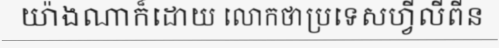
យ៉ាងណាក៏ដោយ លោកថាប្រទេសហ្វីលីពីន